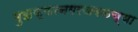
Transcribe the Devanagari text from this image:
मुझफ्फरनगरजवळच्या